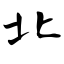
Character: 北